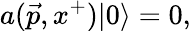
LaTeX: a(\vec{p},x^{+})\vert 0\rangle=0,